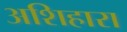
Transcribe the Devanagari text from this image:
अशिहारा